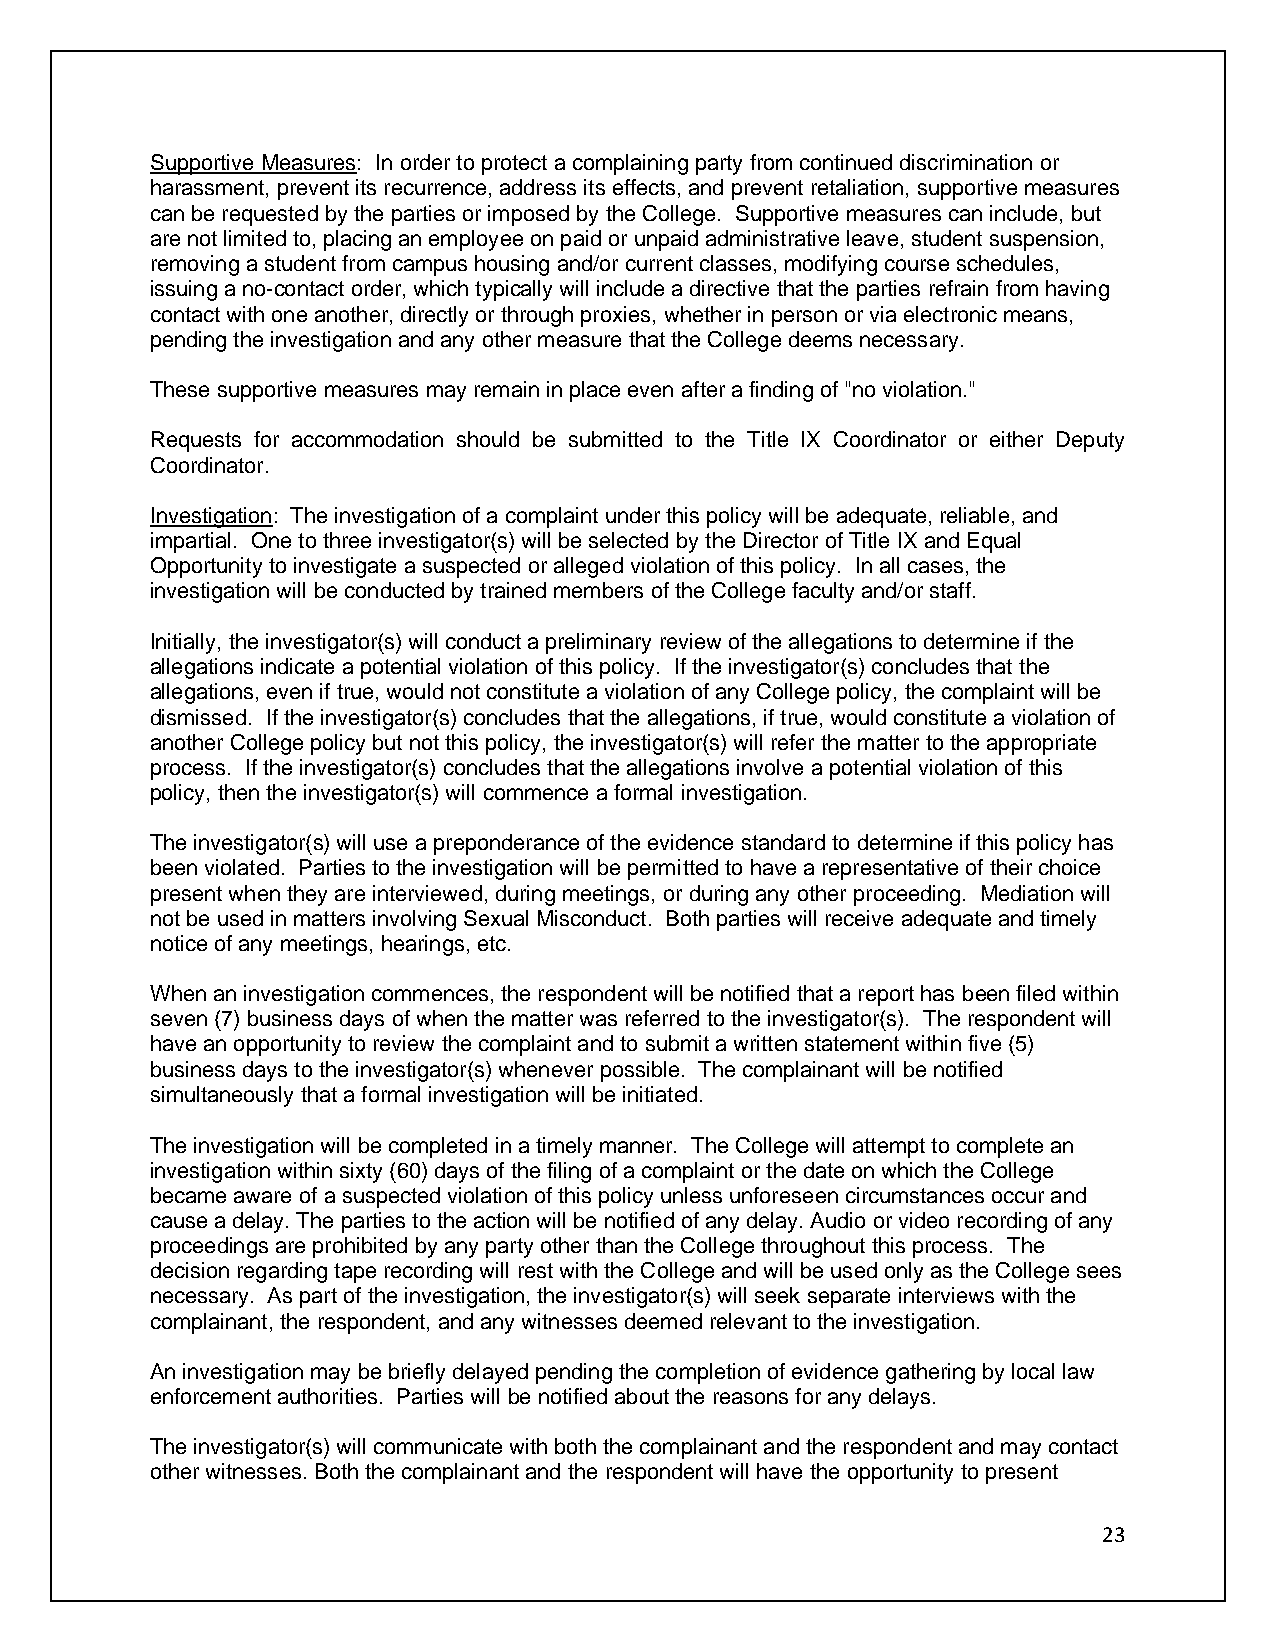
Supportive Measures: In order to protect a complaining party from continued discrimination or
 harassment, prevent its recurrence, address its effects, and prevent retaliation, supportive measures
 can be requested by the parties or imposed by the College. Supportive measures can include, but
 are not limited to, placing an employee on paid or unpaid administrative leave, student suspension,
 removing a student from campus housing and/or current classes, modifying course schedules,
 issuing a no-contact order, which typically will include a directive that the parties refrain from having
 contact with one another, directly or through proxies, whether in person or via electronic means,
 pending the investigation and any other measure that the College deems necessary.
 These supportive measures may remain in place even after a finding of "no violation."
 Requests for accommodation should be submitted to the Title IX Coordinator or either Deputy
 Coordinator.
 Investigation: The investigation of a complaint under this policy will be adequate, reliable, and
 impartial. One to three investigator(s) will be selected by the Director of Title IX and Equal
 Opportunity to investigate a suspected or alleged violation of this policy. In all cases, the
 investigation will be conducted by trained members of the College faculty and/or staff.
 Initially, the investigator(s) will conduct a preliminary review of the allegations to determine if the
 allegations indicate a potential violation of this policy. If the investigator(s) concludes that the
 allegations, even if true, would not constitute a violation of any College policy, the complaint will be
 dismissed. If the investigator(s) concludes that the allegations, if true, would constitute a violation of
 another College policy but not this policy, the investigator(s) will refer the matter to the appropriate
 process. If the investigator(s) concludes that the allegations involve a potential violation of this
 policy, then the investigator(s) will commence a formal investigation.
 The investigator(s) will use a preponderance of the evidence standard to determine if this policy has
 been violated. Parties to the investigation will be permitted to have a representative of their choice
 present when they are interviewed, during meetings, or during any other proceeding. Mediation will
 not be used in matters involving Sexual Misconduct. Both parties will receive adequate and timely
 notice of any meetings, hearings, etc.
 When an investigation commences, the respondent will be notified that a report has been filed within
 seven (7) business days of when the matter was referred to the investigator(s). The respondent will
 have an opportunity to review the complaint and to submit a written statement within five (5)
 business days to the investigator(s) whenever possible. The complainant will be notified
 simultaneously that a formal investigation will be initiated.
 The investigation will be completed in a timely manner. The College will attempt to complete an
 investigation within sixty (60) days of the filing of a complaint or the date on which the College
 became aware of a suspected violation of this policy unless unforeseen circumstances occur and
 cause a delay. The parties to the action will be notified of any delay. Audio or video recording of any
 proceedings are prohibited by any party other than the College throughout this process. The
 decision regarding tape recording will rest with the College and will be used only as the College sees
 necessary. As part of the investigation, the investigator(s) will seek separate interviews with the
 complainant, the respondent, and any witnesses deemed relevant to the investigation.
 An investigation may be briefly delayed pending the completion of evidence gathering by local law
 enforcement authorities. Parties will be notified about the reasons for any delays.
 The investigator(s) will communicate with both the complainant and the respondent and may contact
 other witnesses. Both the complainant and the respondent will have the opportunity to present
 23